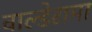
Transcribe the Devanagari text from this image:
वाल्डेरामा